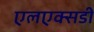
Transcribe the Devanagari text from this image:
एलएक्सडी